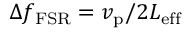
\Delta f _ { \mathrm { F S R } } = v _ { \mathrm { p } } / 2 L _ { \mathrm { e f f } }